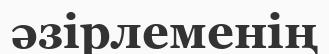
әзірлеменің